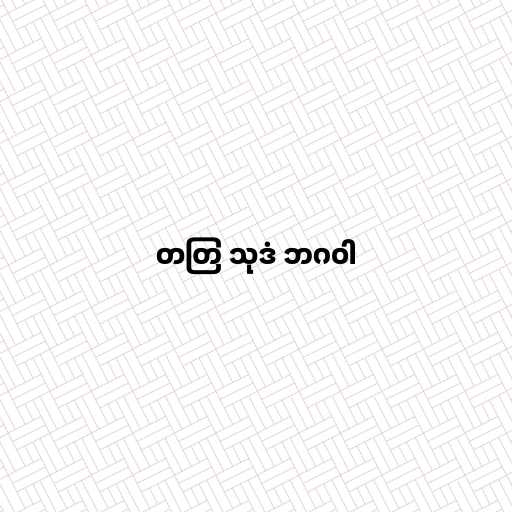
တတြ သုဒံ ဘဂဝါ